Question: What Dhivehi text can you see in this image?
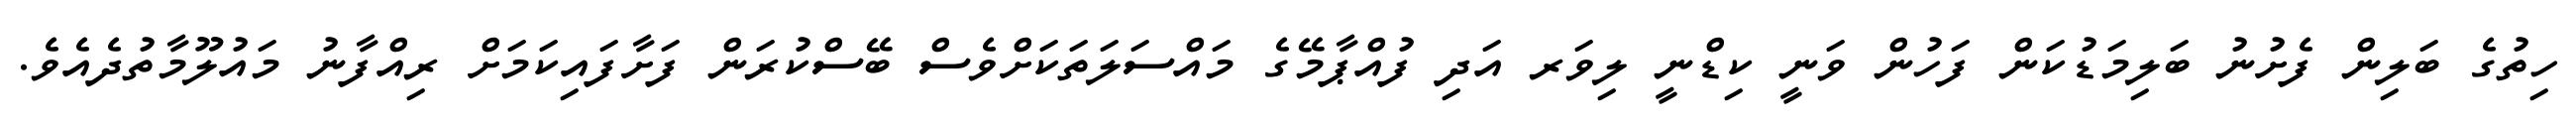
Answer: ހިތުގެ ބަލިން ފެށުނު ބަލިމަޑުކަން ފަހުން ވަނީ ކިޑްނީ ލިވަރ އަދި ފުއްޕާމޭގެ މައްސަލަތަކަށްވެސް ބޭސްކުރަން ފަށާފައިކަމަށް ރިއްފާނު މައުލޫމާތުދެއެވެ.